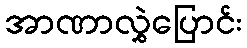
အာဏာလွှဲပြောင်း